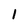
Character: l